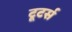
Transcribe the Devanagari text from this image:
टूटर्स